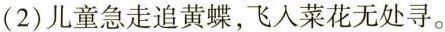
(2)儿童急走追黄蝶，飞入菜花无处寻。